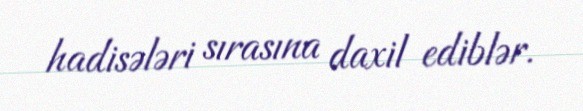
hadisələri sırasına daxil ediblər.